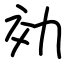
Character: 効